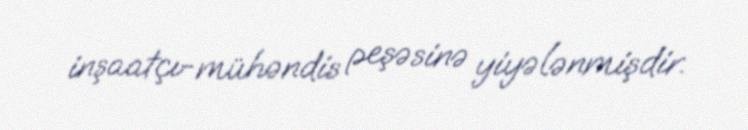
inşaatçı-mühəndis peşəsinə yiyələnmişdir.